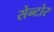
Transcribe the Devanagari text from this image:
सेन्टोर